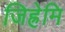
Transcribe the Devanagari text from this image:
जिह्रेमि